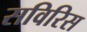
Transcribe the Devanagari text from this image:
सविरिस